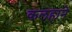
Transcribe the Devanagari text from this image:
कलहाने